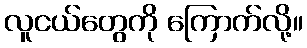
လူငယ်တွေကို ကြောက်လို့။